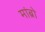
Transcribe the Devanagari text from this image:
मांब्रो